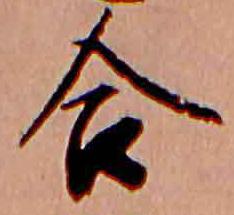
合